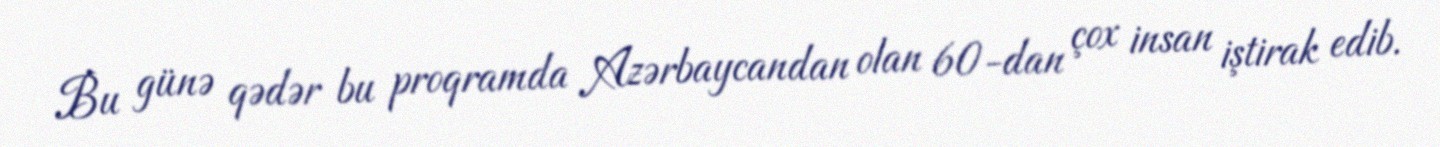
Bu günə qədər bu proqramda Azərbaycandan olan 60-dan çox insan iştirak edib.